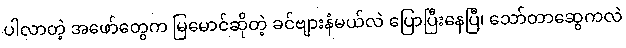
ပါလာတဲ့ အဖော်တွေက မြမောင်ဆိုတဲ့ ခင်ဗျားနံမယ်လဲ ပြောပြီးနေပြီ၊ သော်တာဆွေကလဲ